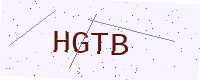
Text: HGTB